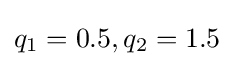
q_{1}=0.5,q_{2}=1.5